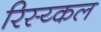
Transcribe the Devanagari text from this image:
रिस्य्कल